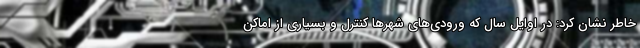
خاطر نشان کرد: در اوایل سال که ورودی‌های شهرها کنترل و بسیاری از اماکن